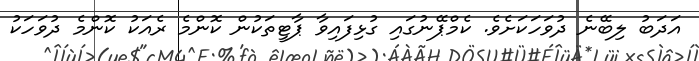
އަދަބު ލިބޭނެ ދުވަހަކަށެވެ. ކެމްޕޭނުގައި ގުޅިފައިވާ ޕާޓީތަކުން ކޮންމެ ރެއަކު ކޮންމެ ދުވަހަކު